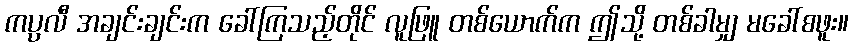
ကပ္ပလီ အချင်းချင်းက ခေါ်ကြသည့်တိုင် လူဖြူ တစ်ယောက်က ဤသို့ တစ်ခါမျှ မခေါ်စဖူး။